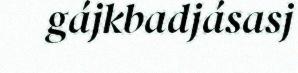
gájkbadjásasj